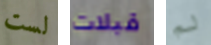
لست قبلات لم